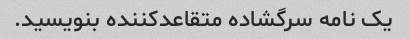
یک نامه سرگشاده متقاعدکننده بنویسید.